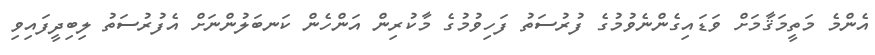
އެންމެ މަތީމަޤާމަށް ވަޑައިގެންނެވުމުގެ ފުރުސަތު ފަހިވުމުގެ މާކުރިން އަންހެން ކަނބަލުންނަށް އެފުރުސަތު ލިބިދީފައިވި